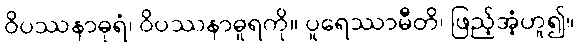
ဝိပဿနာဓုရံ၊ ဝိပဿနာဓူရကို။ ပူရေဿာမီတိ၊ ဖြည့်အံ့ဟူ၍။